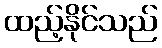
ထည့်နိုင်သည်